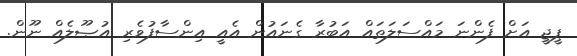
ޕީޖީ އަށް ފެންނަ މައްސަލަތައް އަބުރާ ގެނައުން އެއީ އިންސާފުވެރި އުޞޫލެއް ނޫން.